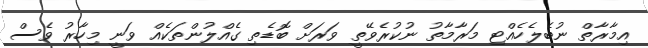
އިމާރާތް ނުބެލެހެއްޓި މަރާމާތު ނުކުރެވޭތީ ވަރަށް ބޮޑެތި ގެއްލުންތަކެއް ވަނީ މިހާރު ވެސް